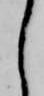
し